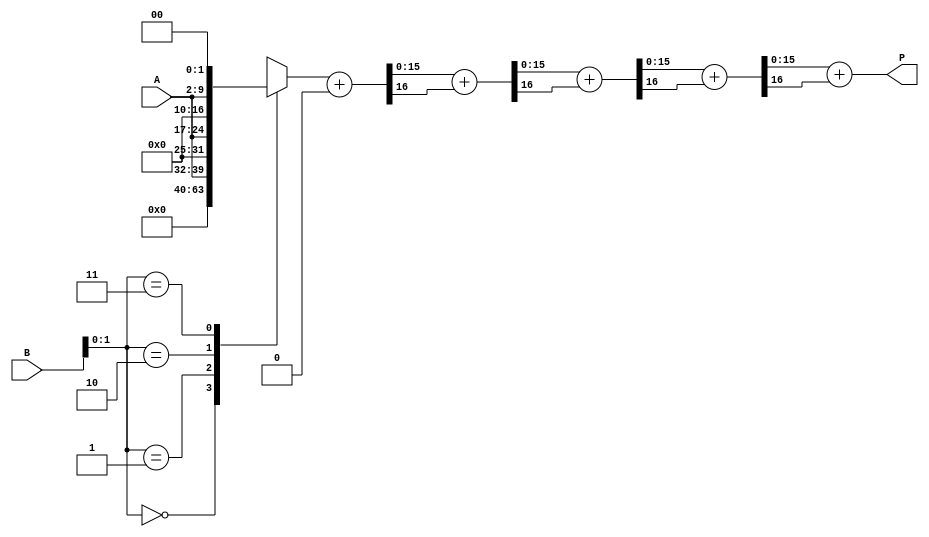
module radix4_wallace_multiplier #(parameter N = 8) (
    input [N-1:0] A,
    input [N-1:0] B,
    output reg [2*N-1:0] P
);

    reg [2*N-1:0] pp [0:(N+1)/2-1]; // Partial products
    reg [2*N-1:0] sum [0:(N+1)/2-1]; // Sums for Wallace tree
    reg [2*N-1:0] carry [0:(N+1)/2-1]; // Carries for Wallace tree
    integer i;

    // Generate partial products
    always @(*) begin
        for (i = 0; i < N/2; i = i + 1) begin
            case (B[2*i +: 2])
                2'b00: pp[i] = 0;
                2'b01: pp[i] = A;
                2'b10: pp[i] = A << 1;
                2'b11: pp[i] = A << 2;
            endcase
        end
        // Handle the last bit if N is odd
        if (N % 2 != 0) begin
            case (B[N-1: N-1])
                1'b0: pp[N/2] = 0;
                1'b1: pp[N/2] = A;
            endcase
        end
    end

    // Wallace tree reduction
    always @(*) begin
        // Initialize sums and carries
        for (i = 0; i < (N+1)/2; i = i + 1) begin
            sum[i] = 0;
            carry[i] = 0;
        end
        
        // First level of reduction
        for (i = 0; i < N/2; i = i + 1) begin
            {carry[i], sum[i]} = pp[i] + sum[i];
        end
        
        // Second level of reduction
        for (i = 0; i < (N+1)/2 - 1; i = i + 1) begin
            {carry[i+1], sum[i+1]} = sum[i] + carry[i];
        end
        
        // Final addition
        P = sum[(N+1)/2 - 1] + carry[(N+1)/2 - 1];
    end

endmodule